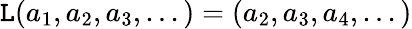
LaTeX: \mathtt{L}(a_{1},a_{2},a_{3},...)=(a_{2},a_{3},a_{4},...)